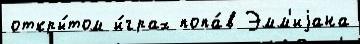
откры́том и́грах попа́в Эмм'иjана